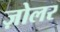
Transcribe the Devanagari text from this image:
ज़ोलर